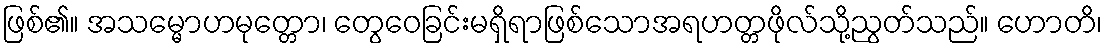
ဖြစ်၏။ အသမ္မောဟမုတ္တော၊ တွေဝေခြင်းမရှိရာဖြစ်သောအရဟတ္တဖိုလ်သို့ညွတ်သည်။ ဟောတိ၊